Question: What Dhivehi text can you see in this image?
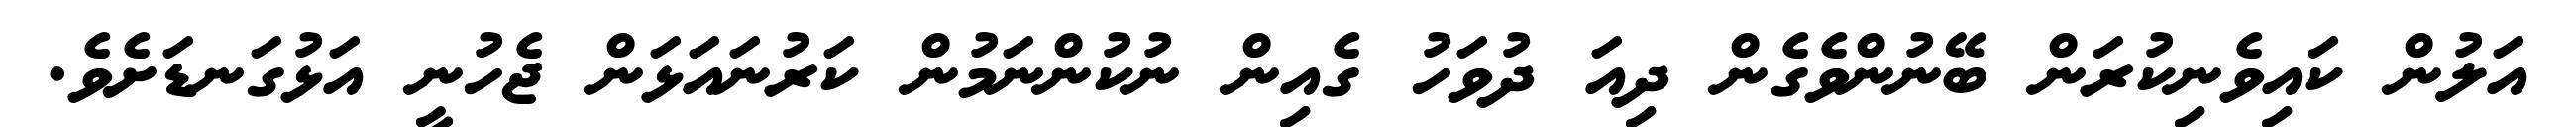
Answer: އަލުން ކައިވެނިކުރަން ބޭނުންވެގެން ދިއަ ދުވަހު ގެއިން ނުކުންނަމުން ކަރުނައަޅަން ޖެހުނީ އަޅުގަނޑަށެވެ.